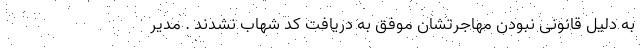
به دلیل قانونی نبودن مهاجرتشان موفق به دریافت کد شهاب نشدند . مدیر